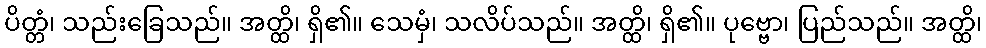
ပိတ္တံ၊ သည်းခြေသည်။ အတ္ထိ၊ ရှိ၏။ သေမှံ၊ သလိပ်သည်။ အတ္ထိ၊ ရှိ၏။ ပုဗ္ဗော၊ ပြည်သည်။ အတ္ထိ၊